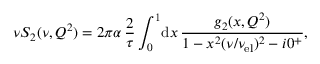
\nu S _ { 2 } ( \nu , Q ^ { 2 } ) = 2 \pi \alpha \, \frac { 2 } { \tau } \int _ { 0 } ^ { 1 } \! \mathrm { d } x \, \frac { g _ { 2 } ( x , Q ^ { 2 } ) } { 1 - x ^ { 2 } ( \nu / \nu _ { \mathrm { e l } } ) ^ { 2 } - i 0 ^ { + } } ,